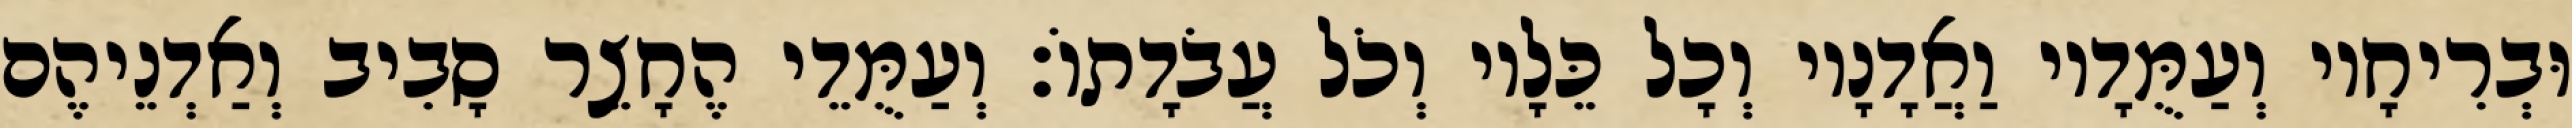
וּבְרִיחָיו וְעַמֻּדָיו וַאֲדָנָיו וְכָל כֵּלָיו וְכֹל עֲבֹדָתוֹ׃ וְעַמֻּדֵי הֶחָצֵר סָבִיב וְאַדְנֵיהֶם